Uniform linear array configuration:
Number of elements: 16
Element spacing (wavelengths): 0.25
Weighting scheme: binomial
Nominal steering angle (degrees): -15
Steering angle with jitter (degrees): -14.874
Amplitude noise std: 0.05
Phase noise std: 0.05

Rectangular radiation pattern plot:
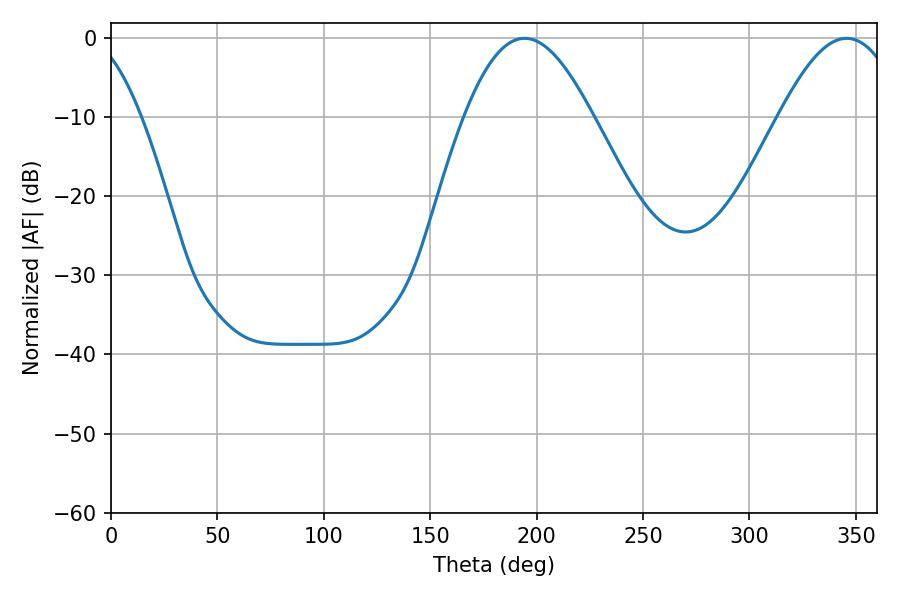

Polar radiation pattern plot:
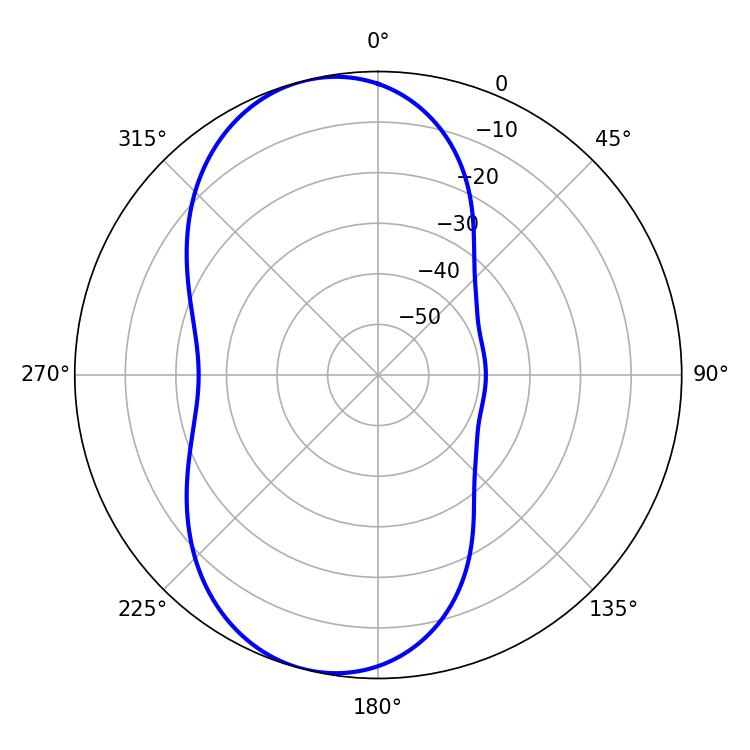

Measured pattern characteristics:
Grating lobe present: FALSE
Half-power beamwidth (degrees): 32.58
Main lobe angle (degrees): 194.4